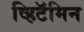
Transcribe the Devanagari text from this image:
व्हिटॅमिन